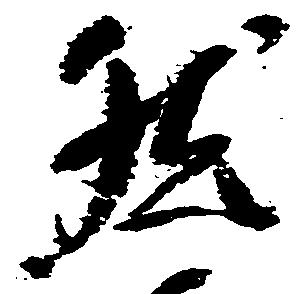
然